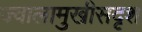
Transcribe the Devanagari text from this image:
ज्वालामुखीसदृश